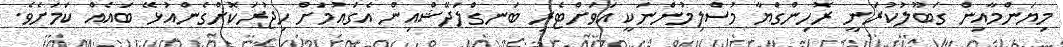
މިޔަންމާއިން ގަބޫލުކުރަނީ ރޮހިންގްޔާ މުސްލިމުންނަކީ އަވަށްޓެރި ބަނގްލަދޭޝްއިން އެގައުމަށް ހިޖުރަކޮށްގެންއުޅޭ ބައެއް ކަމަށެވެ.